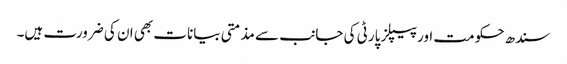
سندھ حکومت اور پیپلز پارٹی کی جانب سے مذمتی بیانات بھی ان کی ضرورت ہیں۔